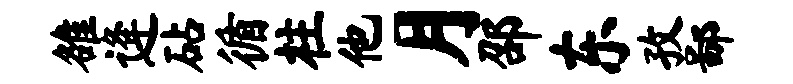
雒逄砧循柱他月邵东孜鄙